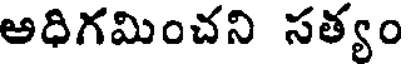
అధిగమించని సత్యం